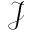
\mathcal { J }